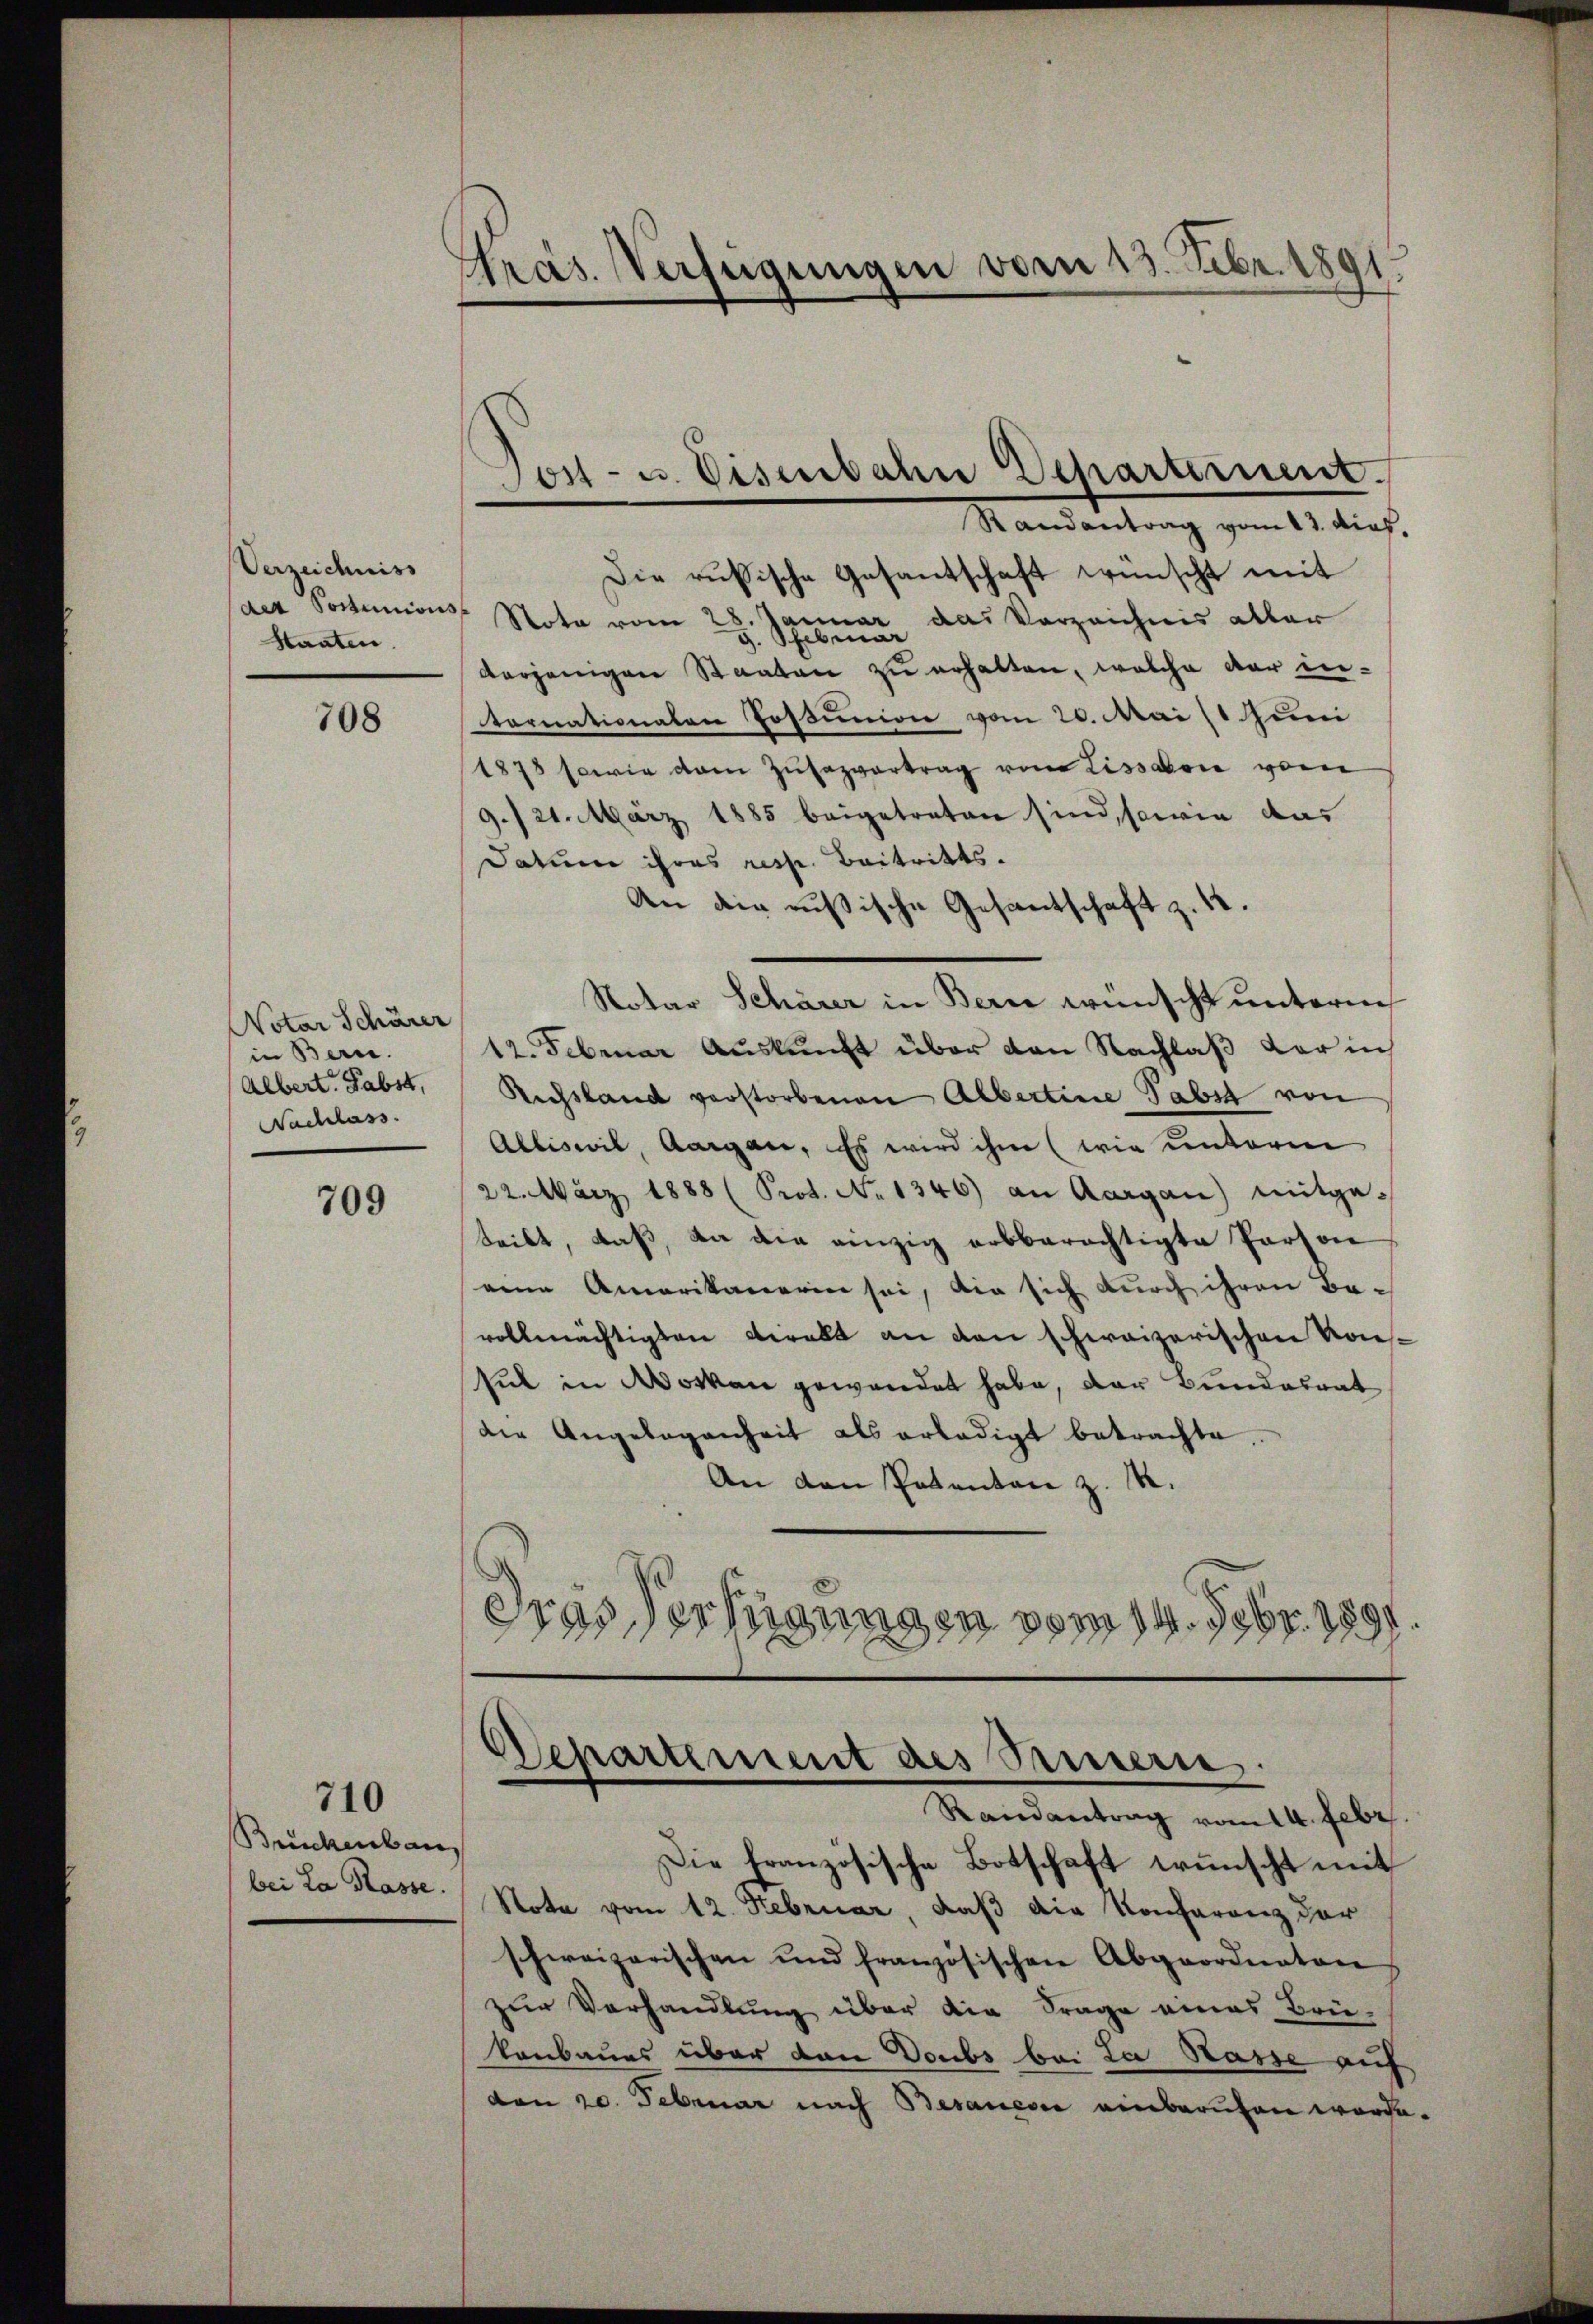
Verzeichniss
der Sontunions
Staaten

708

Notar Schärer
in Bern.
Albert. Pabst,
Nachlass

709

710

Brückenbau,
bei La Rasse.

Präs. Verfügungen vom 13. Febr. 1891.

Die russische Gesantschaft wünscht mit
Note vom 28. Januar, das Verzeichnis aller
derjenigen Staaten zu erhalten, welche der in-
Vornationalen Postunion vom 20. Mai (1 Juni
1875 sowie dem Zŭsazvertrag von Lissabon vor
9./21. März 1885 beigetreten sind, sowie das
Datum ihres resp. Beitritts¬
An die ausische Gesantschaft z. 14.
Notar Schärer in Bern wünscht unterm
12. Februar Auskunft über den Nachlaß der in
Ruchsland verstorbenen Albertine Pabst von
Alliswil, Aargau, Es wird ihm (wie unterm
22. März 1888 (Prot. No 1346) an Aargau) mitgeteibt, daß, da die einzig arbberechtigte Person
eine Amerikanerin sei, die sich durch ihren Bevollmächtigten beralt an den schweizerischen Konssit in Worten gewendet habe, der Bundesrat
die Angelegenheit als erledigt betrachte.
An den Patenten z. B.
Fras Vertigungen vom 14. Febr. 189

Jos- u. Eisenbahn Departement.
Randantrag vom 23. dies,

Departement des Seinern,
Randantrag vom 14. Febr

Die französische Botschaft wünscht mit
Note vom 12. Februar, daß die Konferenz der
schweizerischen und französischen Abgeordnaton
zur Verhandlung über die Frage eines Brü-
kanbaues über den Doubs bei La Rasse auf
den 20. Februar nach Besanesie einberufen worde.